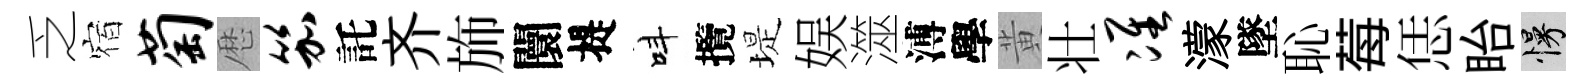
乏宿萄厯笳託齐斾闤提呌攬堤娱澨溥學黄壮准濛墜恥莓恁眙慢